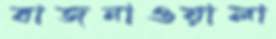
বাজনাওয়ালা